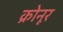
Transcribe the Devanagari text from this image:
क्रोनूर